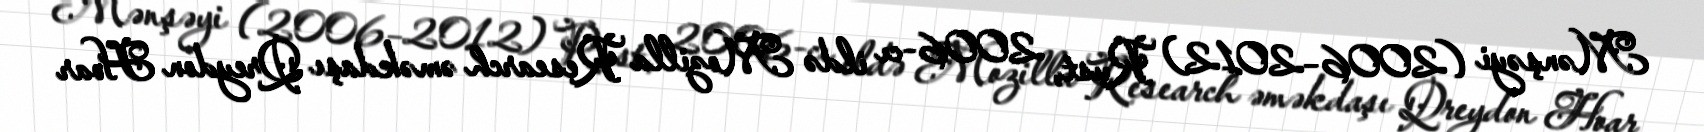
Mənşəyi (2006–2012) Rust, 2006-cı ildə Mozilla Research əməkdaşı Qreydon Hoar